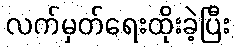
လက်မှတ်ရေးထိုးခဲ့ပြီး